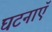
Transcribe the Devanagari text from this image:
घटनाएॅ